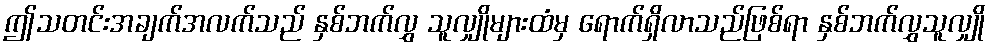
ဤသတင်းအချက်အလက်သည် နှစ်ဘက်လွှ သူလျှိုများထံမှ ရောက်ရှိလာသည်ဖြစ်ရာ နှစ်ဘက်လွှသူလျှို